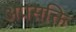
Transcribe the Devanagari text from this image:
अप्रसक्ति